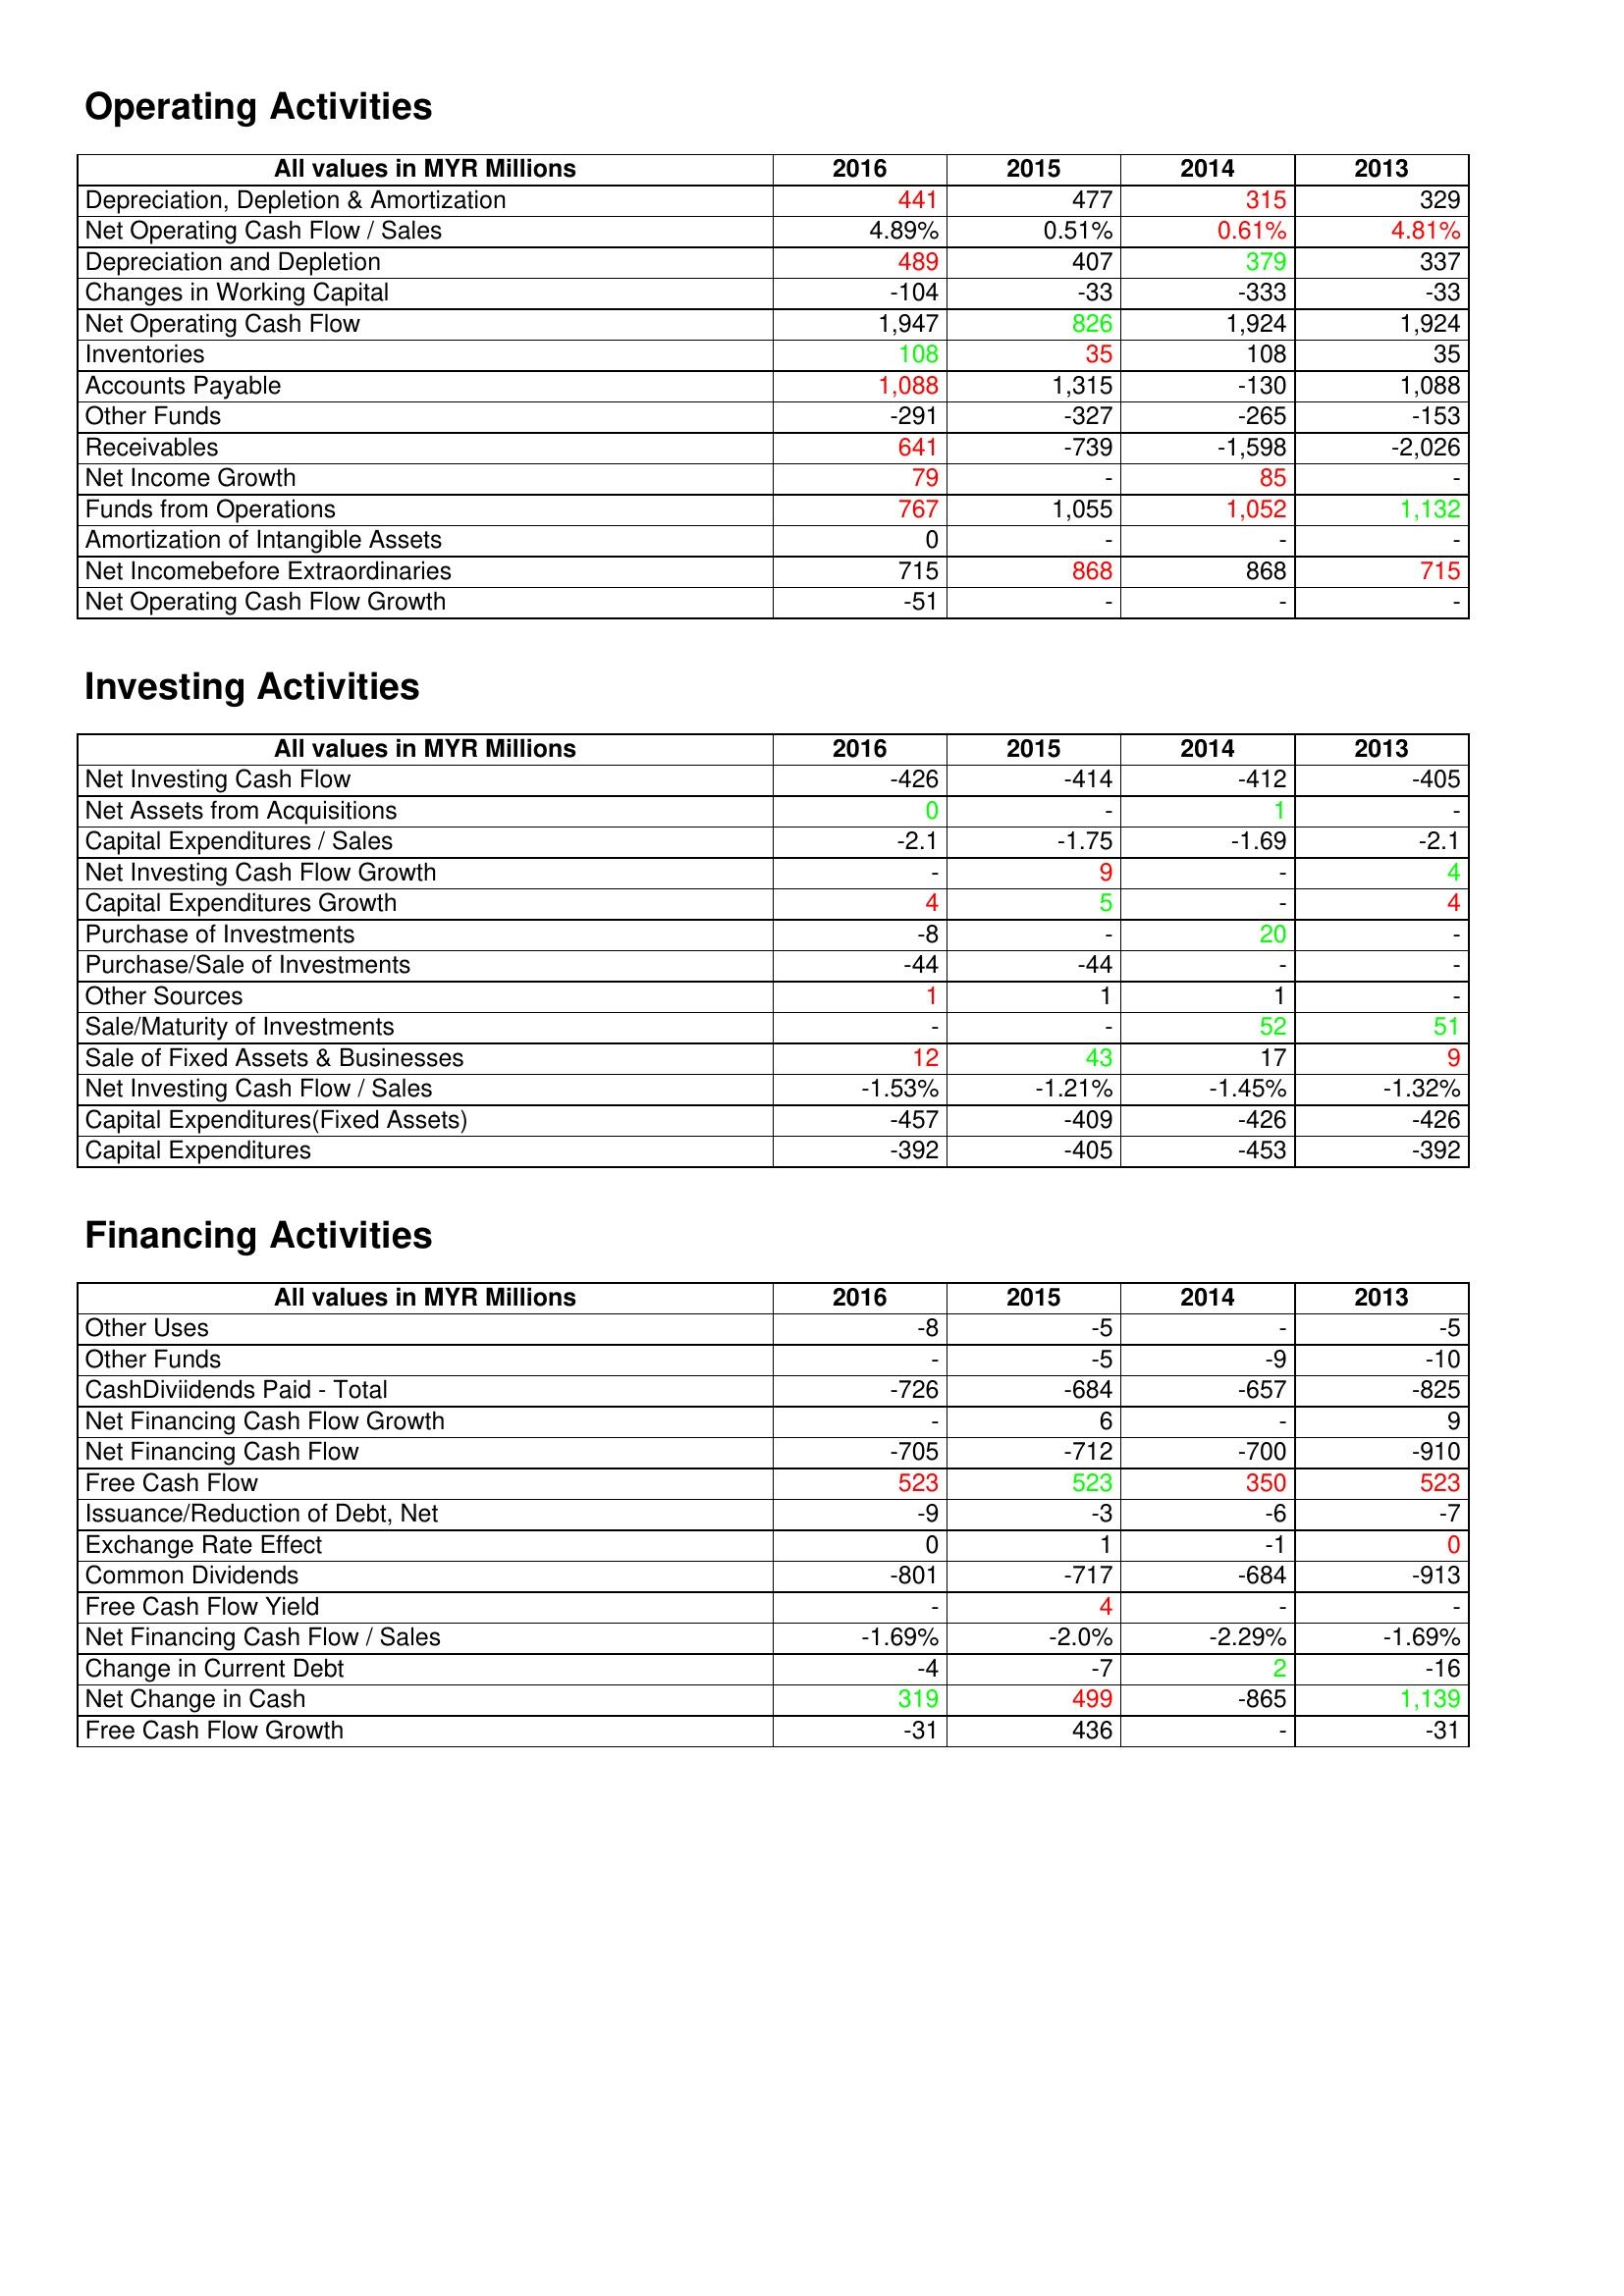
gt_parse: 2016: Operating Activities: Depreciation, Depletion & Amortization: 441
Net Operating Cash Flow / Sales: 4.89%
Depreciation and Depletion: 489
Changes in Working Capital: -104
Net Operating Cash Flow: 1,947
Inventories: 108
Accounts Payable: 1,088
Other Funds: -291
Receivables: 641
Net Income Growth: 79
Funds from Operations: 767
Amortization of Intangible Assets: 0
Net Incomebefore Extraordinaries: 715
Net Operating Cash Flow Growth: -51
Investing Activities: Net Investing Cash Flow: -426
Net Assets from Acquisitions: 0
Capital Expenditures / Sales: -2.1
Net Investing Cash Flow Growth: -
Capital Expenditures Growth: 4
Purchase of Investments: -8
Purchase/Sale of Investments: -44
Other Sources: 1
Sale/Maturity of Investments: -
Sale of Fixed Assets & Businesses: 12
Net Investing Cash Flow / Sales: -1.53%
Capital Expenditures(Fixed Assets): -457
Capital Expenditures: -392
Financing Activities: Other Uses: -8
Other Funds: -
CashDiviidends Paid - Total: -726
Net Financing Cash Flow Growth: -
Net Financing Cash Flow: -705
Free Cash Flow: 523
Issuance/Reduction of Debt, Net: -9
Exchange Rate Effect: 0
Common Dividends: -801
Free Cash Flow Yield: -
Net Financing Cash Flow / Sales: -1.69%
Change in Current Debt: -4
Net Change in Cash: 319
Free Cash Flow Growth: -31
2015: Operating Activities: Depreciation, Depletion & Amortization: 477
Net Operating Cash Flow / Sales: 0.51%
Depreciation and Depletion: 407
Changes in Working Capital: -33
Net Operating Cash Flow: 826
Inventories: 35
Accounts Payable: 1,315
Other Funds: -327
Receivables: -739
Net Income Growth: -
Funds from Operations: 1,055
Amortization of Intangible Assets: -
Net Incomebefore Extraordinaries: 868
Net Operating Cash Flow Growth: -
Investing Activities: Net Investing Cash Flow: -414
Net Assets from Acquisitions: -
Capital Expenditures / Sales: -1.75
Net Investing Cash Flow Growth: 9
Capital Expenditures Growth: 5
Purchase of Investments: -
Purchase/Sale of Investments: -44
Other Sources: 1
Sale/Maturity of Investments: -
Sale of Fixed Assets & Businesses: 43
Net Investing Cash Flow / Sales: -1.21%
Capital Expenditures(Fixed Assets): -409
Capital Expenditures: -405
Financing Activities: Other Uses: -5
Other Funds: -5
CashDiviidends Paid - Total: -684
Net Financing Cash Flow Growth: 6
Net Financing Cash Flow: -712
Free Cash Flow: 523
Issuance/Reduction of Debt, Net: -3
Exchange Rate Effect: 1
Common Dividends: -717
Free Cash Flow Yield: 4
Net Financing Cash Flow / Sales: -2.0%
Change in Current Debt: -7
Net Change in Cash: 499
Free Cash Flow Growth: 436
2014: Operating Activities: Depreciation, Depletion & Amortization: 315
Net Operating Cash Flow / Sales: 0.61%
Depreciation and Depletion: 379
Changes in Working Capital: -333
Net Operating Cash Flow: 1,924
Inventories: 108
Accounts Payable: -130
Other Funds: -265
Receivables: -1,598
Net Income Growth: 85
Funds from Operations: 1,052
Amortization of Intangible Assets: -
Net Incomebefore Extraordinaries: 868
Net Operating Cash Flow Growth: -
Investing Activities: Net Investing Cash Flow: -412
Net Assets from Acquisitions: 1
Capital Expenditures / Sales: -1.69
Net Investing Cash Flow Growth: -
Capital Expenditures Growth: -
Purchase of Investments: 20
Purchase/Sale of Investments: -
Other Sources: 1
Sale/Maturity of Investments: 52
Sale of Fixed Assets & Businesses: 17
Net Investing Cash Flow / Sales: -1.45%
Capital Expenditures(Fixed Assets): -426
Capital Expenditures: -453
Financing Activities: Other Uses: -
Other Funds: -9
CashDiviidends Paid - Total: -657
Net Financing Cash Flow Growth: -
Net Financing Cash Flow: -700
Free Cash Flow: 350
Issuance/Reduction of Debt, Net: -6
Exchange Rate Effect: -1
Common Dividends: -684
Free Cash Flow Yield: -
Net Financing Cash Flow / Sales: -2.29%
Change in Current Debt: 2
Net Change in Cash: -865
Free Cash Flow Growth: -
2013: Operating Activities: Depreciation, Depletion & Amortization: 329
Net Operating Cash Flow / Sales: 4.81%
Depreciation and Depletion: 337
Changes in Working Capital: -33
Net Operating Cash Flow: 1,924
Inventories: 35
Accounts Payable: 1,088
Other Funds: -153
Receivables: -2,026
Net Income Growth: -
Funds from Operations: 1,132
Amortization of Intangible Assets: -
Net Incomebefore Extraordinaries: 715
Net Operating Cash Flow Growth: -
Investing Activities: Net Investing Cash Flow: -405
Net Assets from Acquisitions: -
Capital Expenditures / Sales: -2.1
Net Investing Cash Flow Growth: 4
Capital Expenditures Growth: 4
Purchase of Investments: -
Purchase/Sale of Investments: -
Other Sources: -
Sale/Maturity of Investments: 51
Sale of Fixed Assets & Businesses: 9
Net Investing Cash Flow / Sales: -1.32%
Capital Expenditures(Fixed Assets): -426
Capital Expenditures: -392
Financing Activities: Other Uses: -5
Other Funds: -10
CashDiviidends Paid - Total: -825
Net Financing Cash Flow Growth: 9
Net Financing Cash Flow: -910
Free Cash Flow: 523
Issuance/Reduction of Debt, Net: -7
Exchange Rate Effect: 0
Common Dividends: -913
Free Cash Flow Yield: -
Net Financing Cash Flow / Sales: -1.69%
Change in Current Debt: -16
Net Change in Cash: 1,139
Free Cash Flow Growth: -31